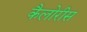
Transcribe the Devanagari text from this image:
कैलोरीस